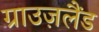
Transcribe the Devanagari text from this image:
ग्राउज़लैंड